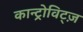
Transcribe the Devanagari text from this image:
कान्ट्रोविट्ज़